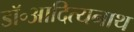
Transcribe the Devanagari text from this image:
डॉ॰आदित्यनाथ